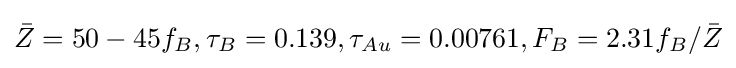
{\bar {Z}}=50-45f_{B},\tau _{B}=0.139,\tau _{Au}=0.00761,F_{B}=2.31f_{B}/{\bar {Z}}